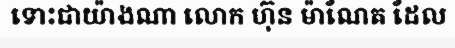
ទោះជាយ៉ាងណា លោក ហ៊ុន ម៉ាណែត ដែល